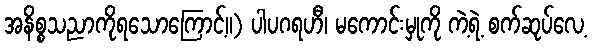
အနိစ္စသညာကိုရသောကြောင့်။) ပါပဂရဟီ၊ မကောင်းမှုကို ကဲ့ရဲ့ စက်ဆုပ်လေ့